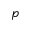
p